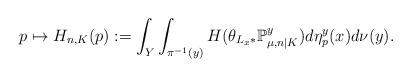
LaTeX: \begin{align*}p\mapsto H_{n,K}(p):=\int_{Y}\int_{\pi^{-1}(y)}H(\theta_{L_{x}\ast}\mathbb{P}_{\mu,n|K}^{y})d\eta_{p}^{y}(x)d\nu(y).\end{align*}